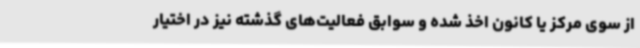
از سوی مرکز یا کانون اخذ شده و سوابق فعالیت‌های گذشته نیز در اختیار